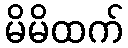
မိမိထက်